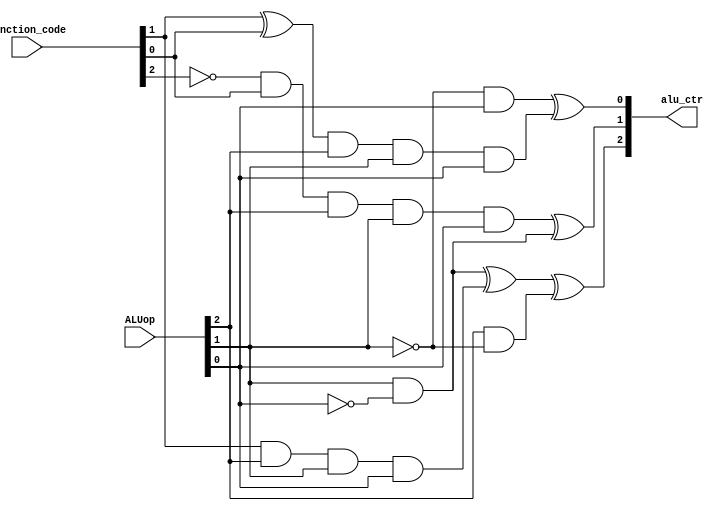
module alu_control (
	output  [2:0] alu_ctr,
	input [5:0] function_code,
	input [2:0] ALUop);
	
	
	
	not n1(nf0,function_code[0]);
	not n2(nf1,function_code[1]);
	not n3(nf2,function_code[2]);
	not n4(nf3,function_code[3]);
	not n5(nf4,function_code[4]);
	not n6(nf5,function_code[5]);
	
	not n7(np0,ALUop[0]);
	not n8(np1,ALUop[1]);
	not n9(np2,ALUop[2]);
	
	

	//C2=P2P1'+P1P0'+F1
	 
	and and1(andv1,ALUop[2],np1);
	and and2(andv2,ALUop[1],np0);
	and andf(fc2,function_code[1],ALUop[2],ALUop[1],ALUop[0]);
	xor or1(alu_ctr[2],andv2,fc2,andv1);
	
	//C1=P1P0'+F2'F0
	
	and and3(andv3,nf2,function_code[0],ALUop[2],ALUop[1],ALUop[0]);
	
	xor or2(alu_ctr[1],andv3,andv2);

		
	//C0=P1'P0+ (F1 xor F0)
	
		and and4(andv4,np1,ALUop[0]);
		
		xor xor1(xorv1,function_code[1],function_code[0]);
		and andh(xorv1and,xorv1,ALUop[2],ALUop[1],ALUop[0]);
		
		xor or32(alu_ctr[0],andv4,xorv1and);
		

endmodule